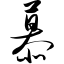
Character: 慕